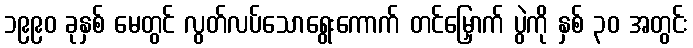
၁၉၉၀ ခုနှစ် မေတွင် လွတ်လပ်သောရွေးကောက် တင်မြှောက် ပွဲကို နှစ် ၃၀ အတွင်း